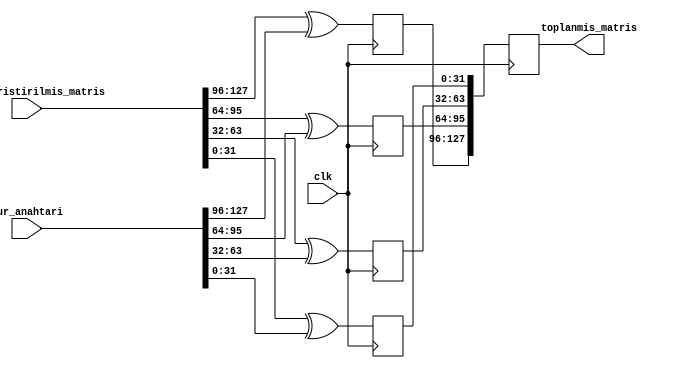
`timescale 1ns / 1ps

module tur_anahtari_ile_toplama(
    
    input clk,
    input [127:0] sutun_karistirilmis_matris,
    input [127:0] tur_anahtari,
    output reg [127:0] toplanmis_matris

    );
    
    reg [31:0] islem1;
    reg [31:0] islem2;
    reg [31:0] islem3;
    reg [31:0] islem4;

    always @(posedge clk) begin

    islem1 <= sutun_karistirilmis_matris[127:96] ^ tur_anahtari[127:96];
    islem2 <= sutun_karistirilmis_matris[95:64]  ^ tur_anahtari[95:64]; 
    islem3 <= sutun_karistirilmis_matris[63:32]  ^ tur_anahtari[63:32]; 
    islem4 <= sutun_karistirilmis_matris[31:0]   ^ tur_anahtari[31:0];  

    toplanmis_matris[127:96] <= islem1;
    toplanmis_matris[95:64]  <= islem2; 
    toplanmis_matris[63:32]  <= islem3;    
    toplanmis_matris[31:0]   <= islem4;   
    
    end

endmodule